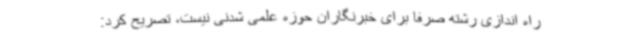
راه اندازی رشته صرفا برای خبرنگاران حوزه علمی شدنی نیست، تصریح کرد: